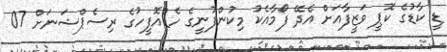
ޑީ ކާޑުގެ ކޮޕީ ވަޒީފާއަށް އެދޭ ފޯމާއެކު މިކުންފުނީގެ ހެޑްއޮފީހުގެ ރިސެޕްޝަނަށް 07